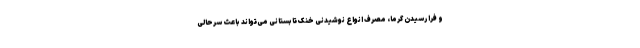
و فرا رسیدن گرما، مصرف انواع نوشیدنی خنک تابستانی می‌تواند باعث سرحالی